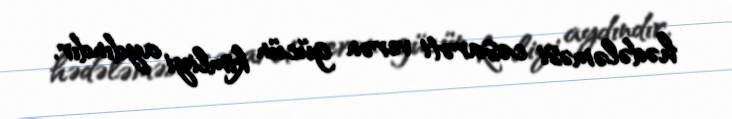
hədələməsi cəsarəti verən gücün kimliyi aydındır.